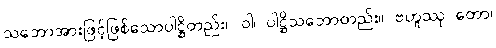
သဘောအားဖြင့်ဖြစ်သောပါဋ္ဌိတည်း။ ဝါ၊ ပါဋ္ဌိသဘောတည်း။ ဗဟူဿု တော၊